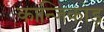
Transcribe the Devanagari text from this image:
कान्जिकोड़